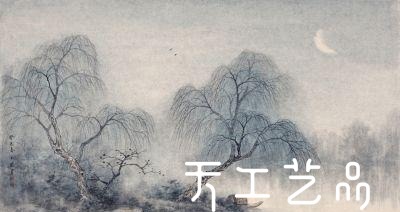
红板桥空，溅裙人去，依旧晓风残月。